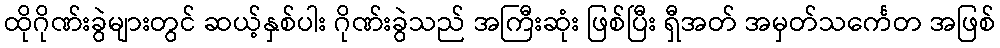
ထိုဂိုဏ်းခွဲများတွင် ဆယ့်နှစ်ပါး ဂိုဏ်းခွဲသည် အကြီးဆုံး ဖြစ်ပြီး ရှီအတ် အမှတ်သင်္ကေတ အဖြစ်